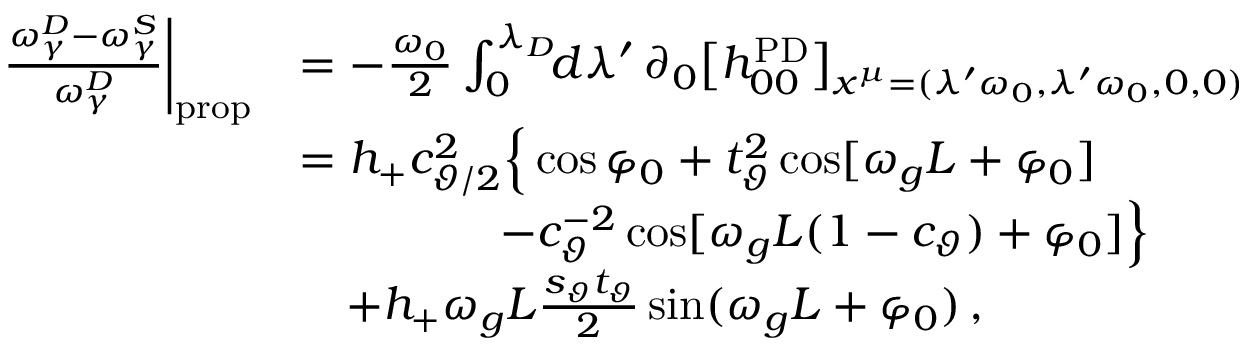
\begin{array} { r l } { \frac { \omega _ { \gamma } ^ { D } - \omega _ { \gamma } ^ { S } } { \omega _ { \gamma } ^ { D } } \bigg | _ { \mathrm { p r o p } } } & { = - \frac { \omega _ { 0 } } { 2 } \int _ { 0 } ^ { \lambda _ { D } } \! \! d \lambda ^ { \prime } \, \partial _ { 0 } \big [ h _ { 0 0 } ^ { \mathrm { P D } } \big ] _ { x ^ { \mu } = ( \lambda ^ { \prime } \omega _ { 0 } , \lambda ^ { \prime } \omega _ { 0 } , 0 , 0 ) } } \\ & { = h _ { + } c _ { \vartheta / 2 } ^ { 2 } \Big \{ \cos \varphi _ { 0 } + t _ { \vartheta } ^ { 2 } \cos [ \omega _ { g } L + \varphi _ { 0 } ] } \\ & { \qquad \qquad ~ - c _ { \vartheta } ^ { - 2 } \cos [ \omega _ { g } L ( 1 - c _ { \vartheta } ) + \varphi _ { 0 } ] \Big \} } \\ & { \quad + h _ { + } \omega _ { g } L \frac { s _ { \vartheta } t _ { \vartheta } } { 2 } \sin ( \omega _ { g } L + \varphi _ { 0 } ) \, , } \end{array}